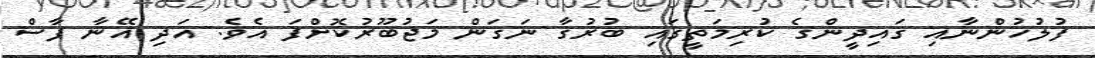
ފުލުހުންނާއި ގައިދީންގެ ކުރިމަތީގައި ބުރުގާ ނަގަން މަޖުބޫރުކޮށްފަ އެވެ. އަދި އޭނާ ފާސް